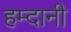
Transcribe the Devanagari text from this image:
हम्दानी